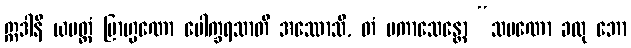
ဣဒါနိ ယမတ္ထံ ဗြာဟ္မဏော ပေါက္ခရသာတိ အဿောသိ, တံ ပကာသေန္တော “သမဏော ခလု ဘော